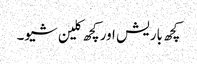
کچھ باریش اور کچھ کلین شیو۔